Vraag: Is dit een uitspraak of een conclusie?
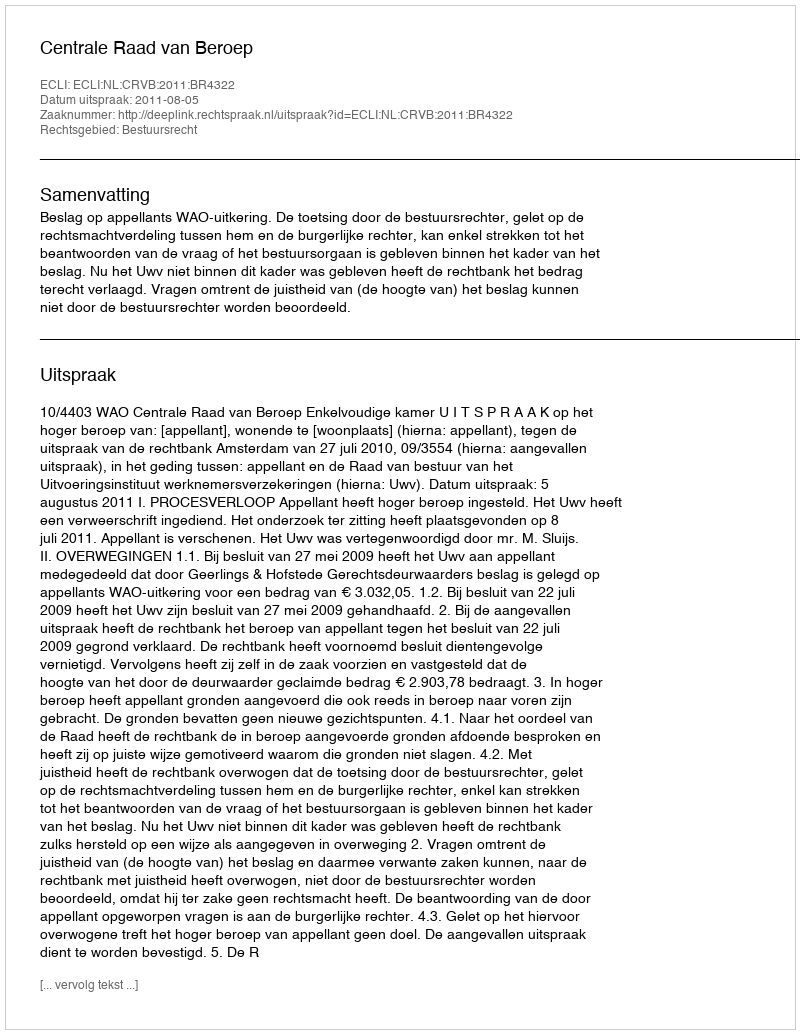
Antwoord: Uitspraak